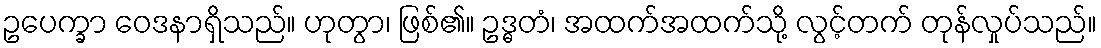
ဥပေက္ခာ ဝေဒနာရှိသည်။ ဟုတွာ၊ ဖြစ်၏။ ဥဒ္ဓတံ၊ အထက်အထက်သို့ လွင့်တက် တုန်လှုပ်သည်။